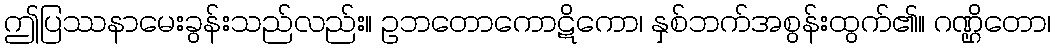
ဤပြဿနာမေးခွန်းသည်လည်း။ ဥဘတောကောဋိကော၊ နှစ်ဘက်အစွန်းထွက်၏။ ဂဏ္ဌိတော၊